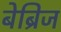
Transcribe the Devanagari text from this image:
बेब्रिज